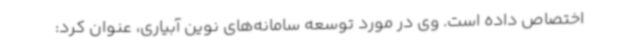
اختصاص داده است. وی در مورد توسعه سامانه‌های نوین آبیاری، عنوان کرد: